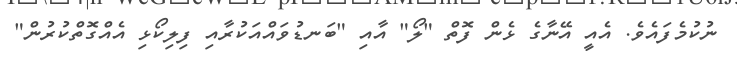
ނުކުމެފައެވެ. އެއީ އޭނާގެ ޅެން ފޮތް "ލޯ" އާއި "ބަނޑުވައްއަކުރާއި ފިލިކޯޅި އެއްގޮތްކުރުން"